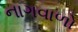
નાગવાળો